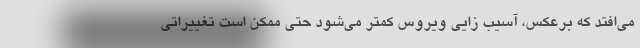
می‌افتد که برعکس، آسیب زایی ویروس کمتر می‌شود حتی ممکن است تغییراتی